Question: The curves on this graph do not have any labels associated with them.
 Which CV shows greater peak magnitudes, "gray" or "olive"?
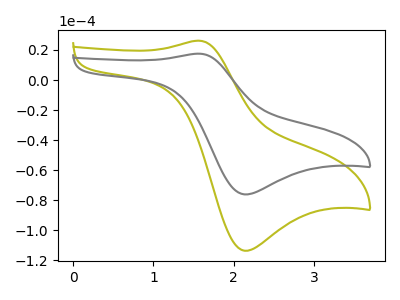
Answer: <think>The olive curve "olive" has an anodic peak at (1.55V, 26.20uA) and a cathodic peak at (2.15V, -113.65uA). The gray curve "gray" has an anodic peak at (1.55V, 17.55uA) and a cathodic peak at (2.15V, -76.15uA).</think>
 <answer>Every peak in "gray" is lower than every peak in "olive".</answer>
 <eval>lower</eval>